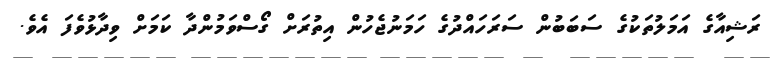
ރަޝިއާގެ އަމަލުތަކުގެ ސަބަބުން ސަރަހައްދުގެ ހަމަނުޖެހުން އިތުރަށް ގޯސްވަމުންދާ ކަމަށް ވިދާޅުވެފަ އެވެ.